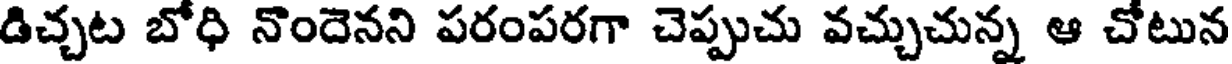
డిచ్చట బోధి నొందెనని పరంపరగా చెప్పుచు వచ్చుచున్న ఆ చోటున